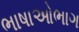
ભાષાઓભાગ